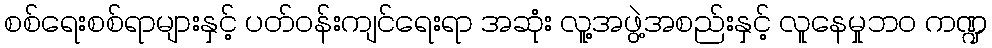
စစ်ရေးစစ်ရာများနှင့် ပတ်ဝန်းကျင်ရေးရာ အဆုံး လူ့အဖွဲ့အစည်းနှင့် လူနေမှုဘဝ ကဏ္ဍ